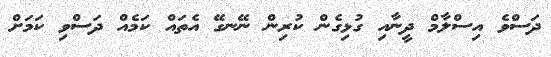
ދަސްވެ އިސްލާމް ދީނާއި ގުޅިގެން ކުރިން ނޭނގޭ އެތައް ކަމެއް ދަސްވި ކަމަށް